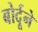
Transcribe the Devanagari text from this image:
बोर्दूने